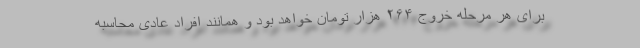
برای هر مرحله خروج ۲۶۴ هزار تومان خواهد بود و همانند افراد عادی محاسبه